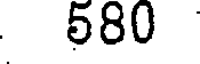
580